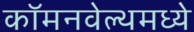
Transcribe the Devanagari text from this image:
कॉमनवेल्थमध्ये